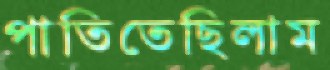
পাতিতেছিলাম